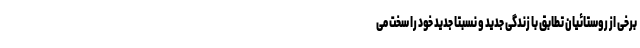
برخی از روستائیان تطابق با زندگی جدید و نسبتا جدید خود را سخت می‌